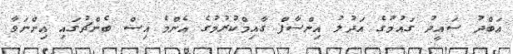
އަބްދު ސައީދު ގައުމުގެ އަދުލު އިންސާފް ގާއިމްކުރުމުގެ އެންމެ އިސް ބެންޗުގައި އިންނަވާ